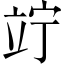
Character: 竚